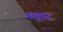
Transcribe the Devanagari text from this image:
बनूवन